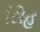
સિહ